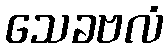
သေခဗလံ